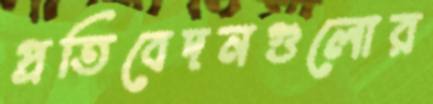
প্রতিবেদনগুলোর